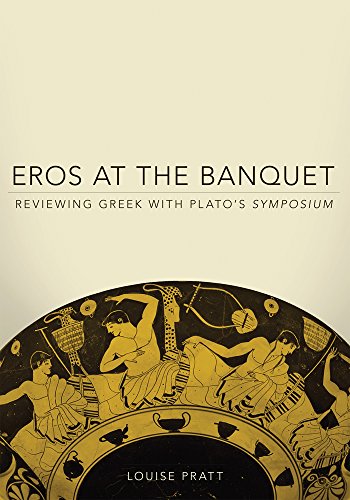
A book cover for Eros at the Banquet: Reviewing Greek with Plato's Symposium (Oklahoma Series in Classical Culture Series); Louise Pratt; Reference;